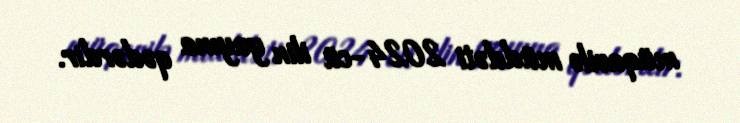
müqavilə müddəti 2024-cü ilin yayına qədərdir.